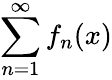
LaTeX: \sum_{n=1}^{\infty}f_{n}(x)